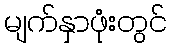
မျက်နှာဖုံးတွင်